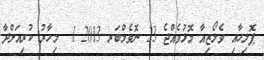
ޕޮލިހާއި ވެލޯޒިއާ މޮޅުވެއްޖެ 23 ނޮވެމްބަރ 2013 1  މިހާރު ކުރިއަށްދާ